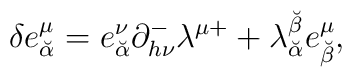
\delta e^\mu_{\breve\alpha}  = e^\nu_{\breve\alpha} \partial^-_{h \nu} \lambda^{\mu +} +  \lambda^{\breve\beta}_{\breve\alpha} e^\mu_{\breve\beta} ,